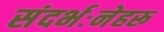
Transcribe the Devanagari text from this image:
संदर्भःनेहरू